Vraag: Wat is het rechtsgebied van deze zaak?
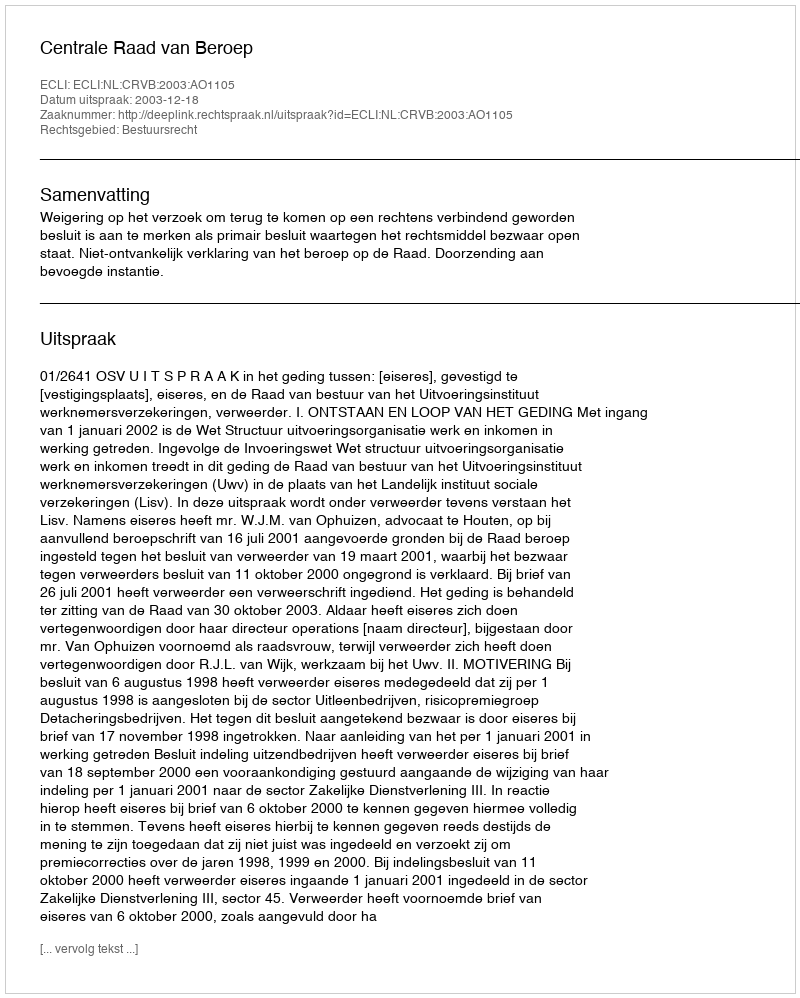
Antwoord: Bestuursrecht